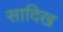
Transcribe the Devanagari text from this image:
सादिख